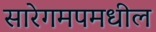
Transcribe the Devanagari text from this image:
सारेगमपमधील